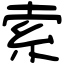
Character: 索